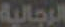
الرجالية